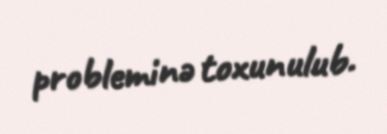
probleminə toxunulub.